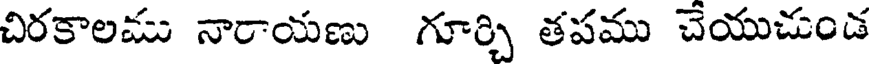
చిరకాలము నారాయణు గూర్చి తపము చేయుచుండ